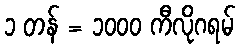
၁ တန် = ၁၀၀၀ ကီလိုဂရမ်